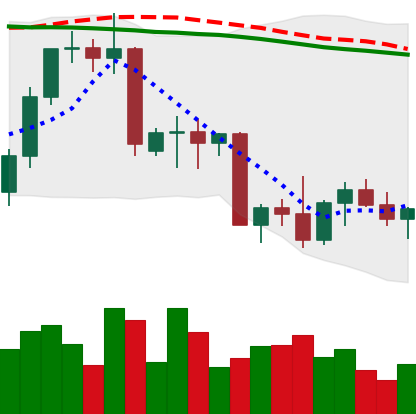
Ticker: NEO-USD
Chart end date: 2022-09-26
Forward return: 4.615%
Label: up_3_5